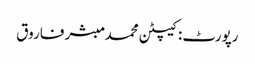
رپورٹ: کیپٹن محمد مبشر فاروق